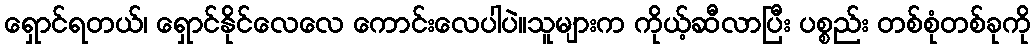
ရှောင်ရတယ်၊ ရှောင်နိုင်လေလေ ကောင်းလေပါပဲ။သူများက ကိုယ့်ဆီလာပြီး ပစ္စည်း တစ်စုံတစ်ခုကို